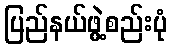
ပြည်နယ်ဖွဲ့စည်းပုံ